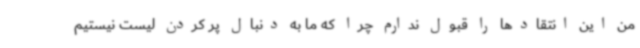
من این انتقادها را قبول ندارم چرا که ما به دنبال پر کردن لیست نیستیم